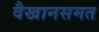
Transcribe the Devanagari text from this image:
वैखानसमत